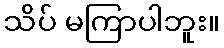
သိပ် မကြာပါဘူး။